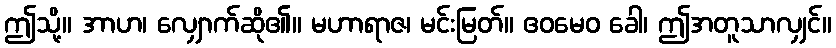
ဤသို့။ အာဟ၊ လျှောက်ဆို၏။ မဟာရာဇ၊ မင်းမြတ်။ ဧဝမေဝ ခေါ၊ ဤအတူသာလျှင်။